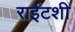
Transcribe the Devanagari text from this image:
राईटशी